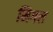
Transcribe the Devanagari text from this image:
मिगल